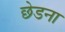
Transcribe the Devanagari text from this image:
छेडना